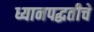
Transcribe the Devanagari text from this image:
ध्यानपद्धतीचे